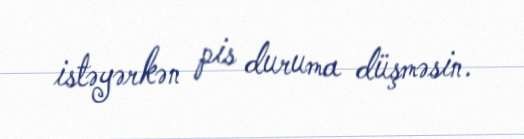
istəyərkən pis duruma düşməsin.